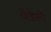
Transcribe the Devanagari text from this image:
वेडेले